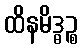
ထိနမိဒ္ဓဉ္စ